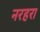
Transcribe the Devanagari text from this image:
नरहरा